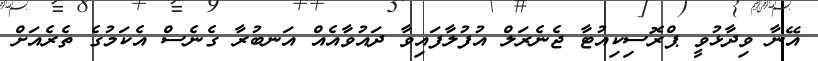
އޭނާ ވިދާޅުވީ ޕްރޮސިކިއުޓާ ޖެނެރަލް އުފުލާފައިވާ ދައުވާއެއް އަނބުރާ ގެނެސް އެކަމުގެ ތެރެއަށް